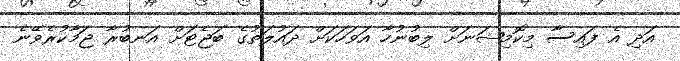
އަދި އެ ފައިސާ މިކޮމިޝަނަށް ލިބުނުހާ އަވަހަކަށް ދައުލަތުގެ ބަޖެޓަށް އަނބުރާ ޖަމާކުރެވޭނެ